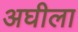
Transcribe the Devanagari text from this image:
अघीला